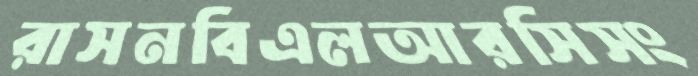
রাসনবিএলআরসিসং